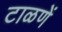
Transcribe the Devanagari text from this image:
टाळणें